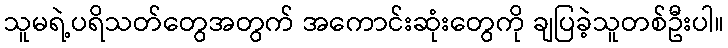
သူမရဲ့ပရိသတ်တွေအတွက် အကောင်းဆုံးတွေကို ချပြခဲ့သူတစ်ဦးပါ။